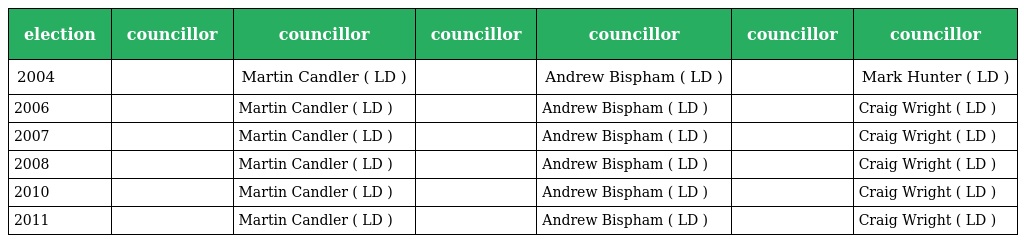
| election | councillor | councillor | councillor | councillor | councillor | councillor |
 | --- | --- | --- | --- | --- | --- | --- |
 | 2004 |  | Martin Candler ( LD ) |  | Andrew Bispham ( LD ) |  | Mark Hunter ( LD ) |
 | 2006 |  | Martin Candler ( LD ) |  | Andrew Bispham ( LD ) |  | Craig Wright ( LD ) |
 | 2007 |  | Martin Candler ( LD ) |  | Andrew Bispham ( LD ) |  | Craig Wright ( LD ) |
 | 2008 |  | Martin Candler ( LD ) |  | Andrew Bispham ( LD ) |  | Craig Wright ( LD ) |
 | 2010 |  | Martin Candler ( LD ) |  | Andrew Bispham ( LD ) |  | Craig Wright ( LD ) |
 | 2011 |  | Martin Candler ( LD ) |  | Andrew Bispham ( LD ) |  | Craig Wright ( LD ) |